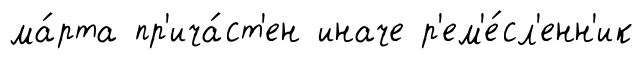
ма́рта пр'ича́ст'ен иначе р'ем'е́сл'енн'ик